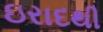
ઇરાદથી